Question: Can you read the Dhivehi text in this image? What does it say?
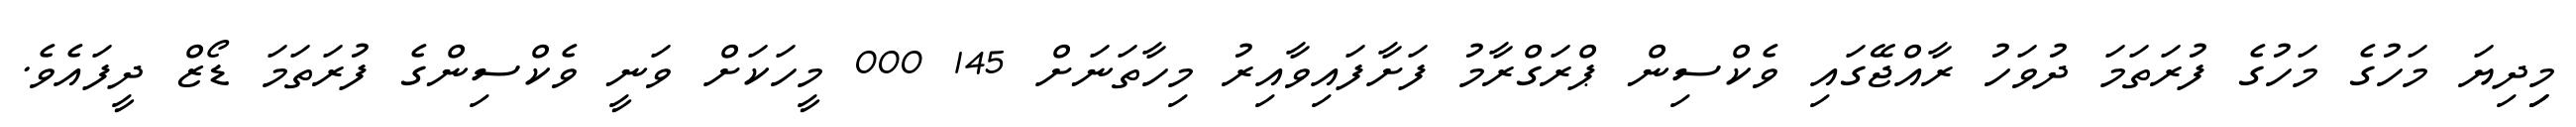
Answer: މިިިދިޔަ މަހުގެ މަހުގެ ފުރަތަމަ ދުވަހު ރާއްޖޭގައި ވެކްސިން ޕްރަގްރާމު ފަށާފައިވާއިރު މިހާތަނަށް 145 000 މީހަކަށް ވަނީ ވެކްސިންގެ ފުރަތަމަ ޑޯޒް ދީފައެވެ.